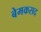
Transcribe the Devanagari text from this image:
बेमकसद